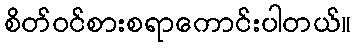
စိတ်ဝင်စားစရာကောင်းပါတယ်။